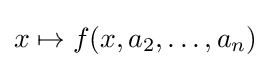
x\mapsto f(x,a_{2},\ldots ,a_{n})